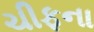
ચીફના